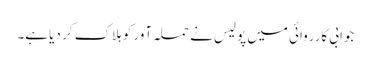
جوابی کارروائی میں پولیس نے حملہ آور کو ہلاک کر دیا ہے۔